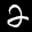
Label: 2